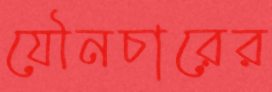
যৌনচারের